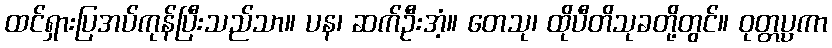
ထင်ရှားပြအပ်ကုန်ပြီးသည်သာ။ ပန၊ ဆက်ဦးအံ့။ တေသု၊ ထိုပီတိသုခတို့တွင်။ ဝုတ္တပ္ပကာ